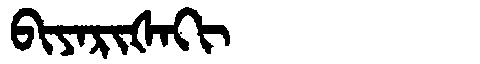
Manchu: ᠪᡳᠶᠠᡵᡳᡧᠠᡴᡳ
Romanization: BIYARIŠAKI